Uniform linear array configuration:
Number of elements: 4
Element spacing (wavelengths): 0.25
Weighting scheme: uniform
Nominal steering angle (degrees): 15
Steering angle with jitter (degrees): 16.182
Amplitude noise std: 0.05
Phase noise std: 0.05

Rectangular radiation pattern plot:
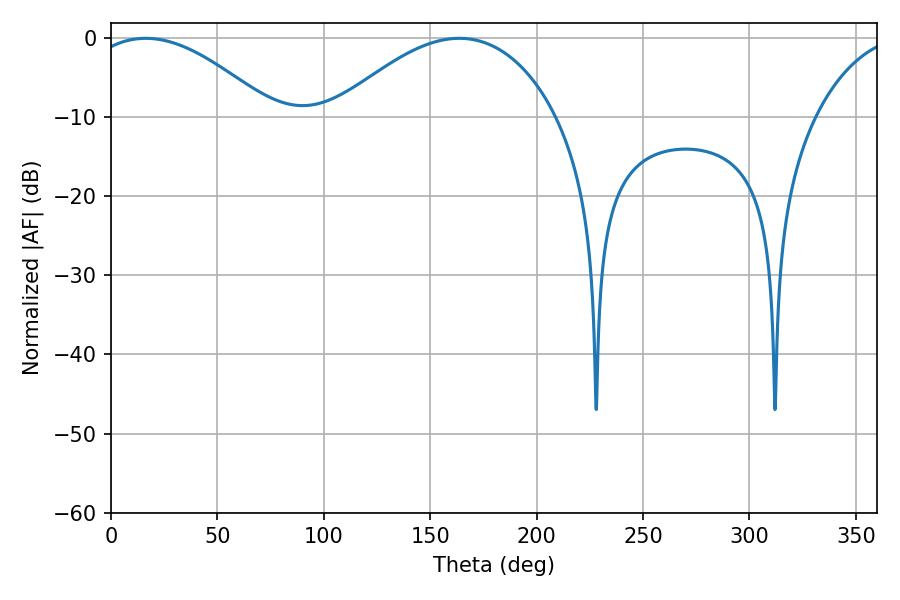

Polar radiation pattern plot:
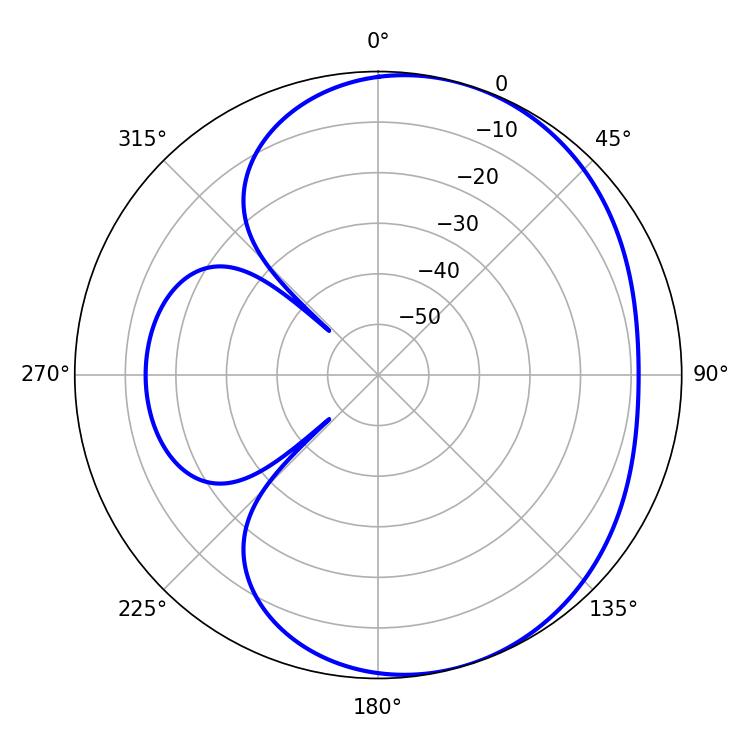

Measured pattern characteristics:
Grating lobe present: FALSE
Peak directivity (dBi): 4.396
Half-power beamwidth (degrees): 47.88
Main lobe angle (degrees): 16.38